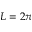
L = 2 \pi